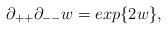
LaTeX: \begin{align*}\partial_{++} \partial_{--} w = exp\{ 2w \},\end{align*}